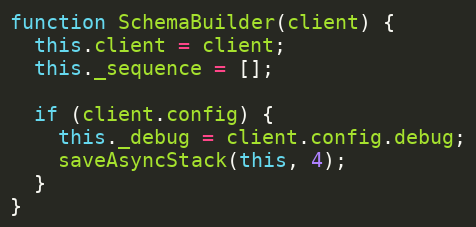
Language: JavaScript
function SchemaBuilder(client) {
  this.client = client;
  this._sequence = [];

  if (client.config) {
    this._debug = client.config.debug;
    saveAsyncStack(this, 4);
  }
}